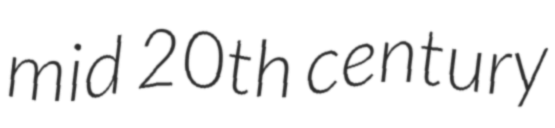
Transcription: mid 20th century